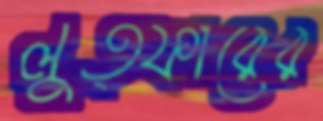
লুত্ফারের